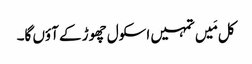
کل مَیں تمہیں اسکول چھوڑ کے آؤں گا۔